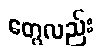
တွေလည်း